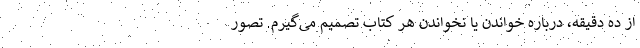
از ده دقیقه، درباره خواندن یا نخواندن هر کتاب تصمیم می‌گیرم. تصور